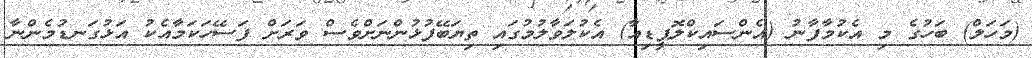
(މަހަލް) ބަހުގެ މި އެކުމާފާނު (އެންސައިކްލޮޕީޑިއާ) އެކުލަވާލުމުގައި ތިޔަބޭފުޅުންނަށްވެސް ވަރަށް ފަސޭހަކަމާއެކު އަޅުގަނޑުމެންނާ